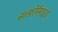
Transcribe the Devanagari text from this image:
सल्फ़ोनैमाइड